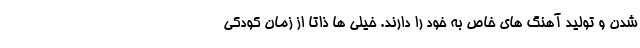
شدن و تولید آهنگ های خاص به خود را دارند. خیلی ها ذاتا از زمان کودکی